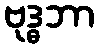
ဗုဒ္ဓဘာ